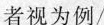
者视为例/